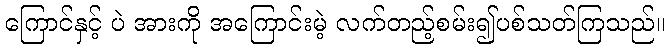
ကြောင်နှင့် ပဲ အားကို အကြောင်းမဲ့ လက်တည့်စမ်း၍ပစ်သတ်ကြသည်။